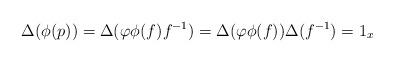
LaTeX: \begin{align*}\Delta(\phi(p))=\Delta(\varphi\phi(f)f^{-1})=\Delta(\varphi\phi(f))\Delta(f^{-1})=1_{x}\end{align*}